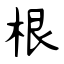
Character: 根